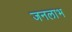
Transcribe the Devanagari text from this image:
जनलाभ